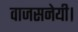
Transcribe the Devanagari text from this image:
वाजसनेयी।